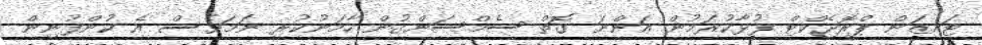
ޓައިޒަން ޕްރޮޖެކްޓް ފުޅާކުރަމުން އަންނަ ގޮތް ސެމްސަންގުން ހާމަނުކުރި ނަމަވެސް އެ ކުންފުނިން